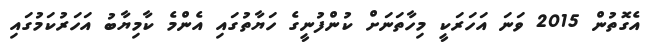
އެގޮތުން 2015 ވަނަ އަހަރަކީ މިހާތަނަށް ކުންފުނީގެ ހަޔާތުގައި އެންމެ ކާމިޔާބު އަހަރުކަމުގައި